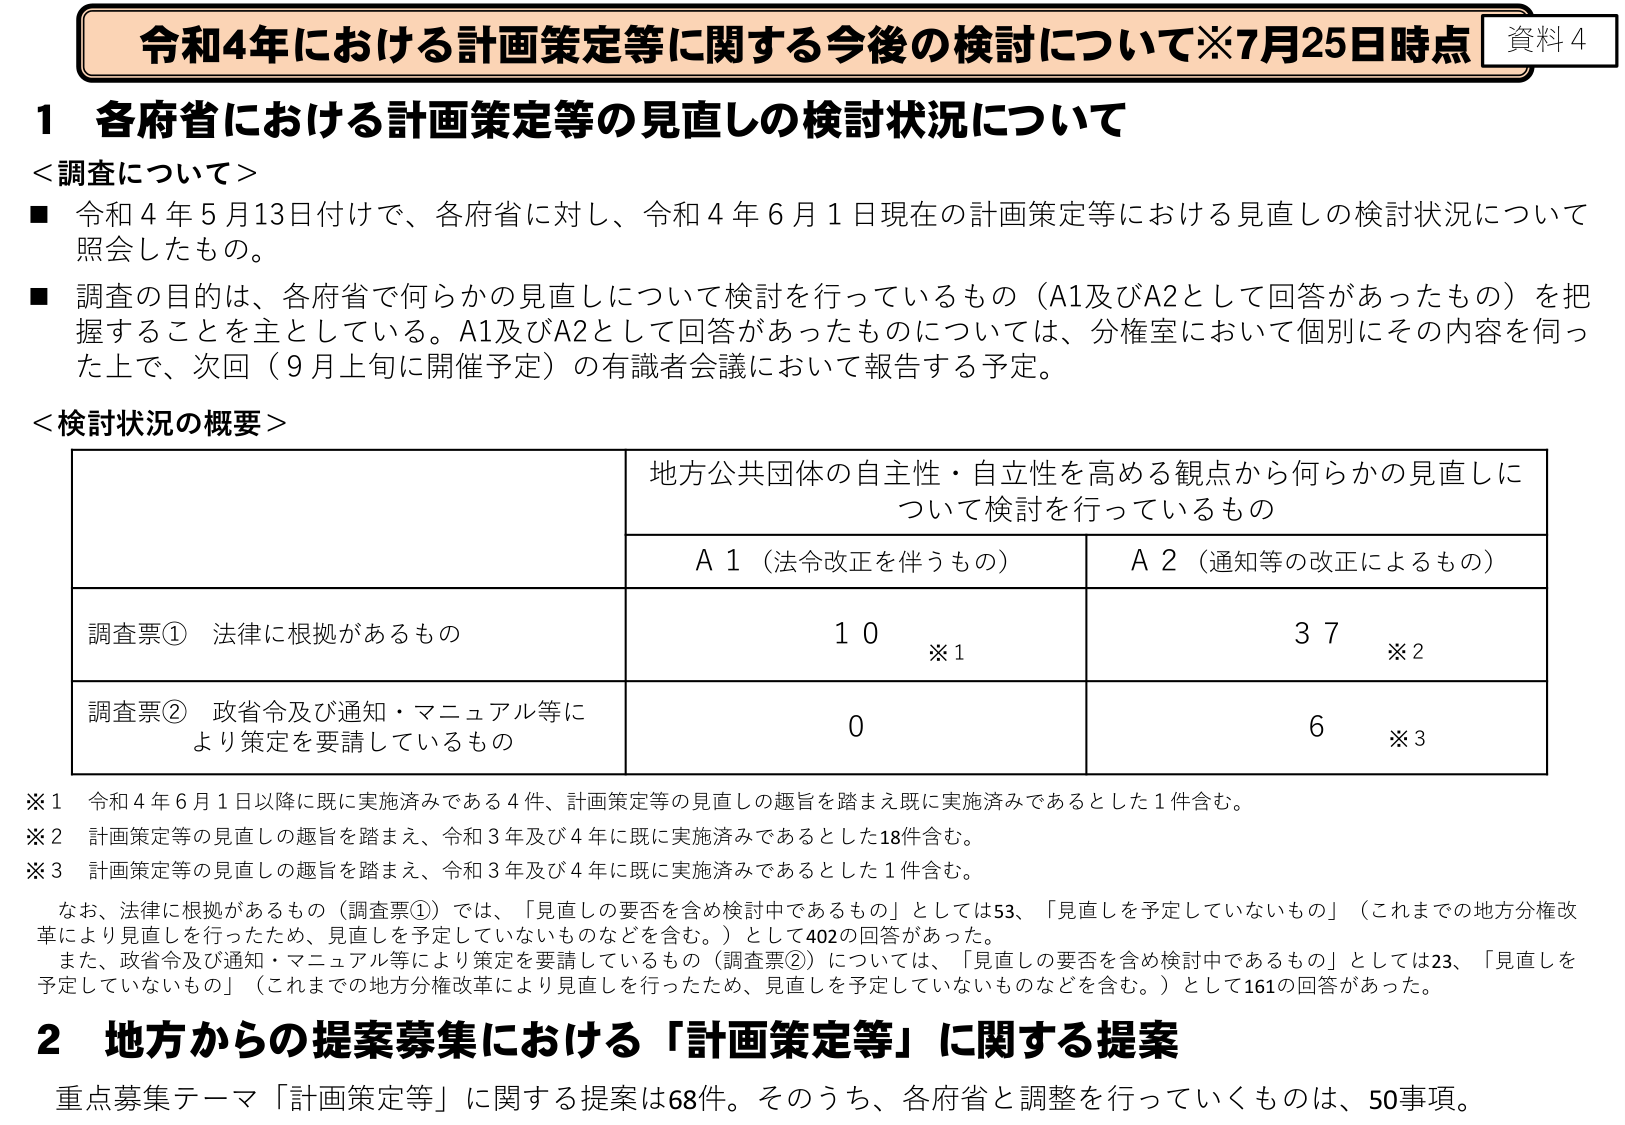
令和4年における計画策定等に関する今後の検討について※7月25日時点 資料4

1 各府省における計画策定等の見直しの検討状況について

＜調査について＞
■ 令和4年5月13日付けで、各府省に対し、令和4年6月1日現在の計画策定等における見直しの検討状況について照会したもの。
■ 調査の目的は、各府省で何らかの見直しについて検討を行っているもの（A1及びA2として回答があったもの）を把握することを主としている。A1及びA2として回答があったものについては、分権室において個別にその内容を伺った上で、次回（9月上旬に開催予定）の有識者会議において報告する予定。

＜検討状況の概要＞
地方公共団体の自主性・自立性を高める観点から何らかの見直しについて検討を行っているもの
A1（法令改正を伴うもの） A2（通知等の改正によるもの）
調査票① 法律に根拠があるもの 10 ※1 37 ※2
調査票② 政省令及び通知・マニュアル等により策定を要請しているもの 0 6 ※3

※1 令和4年6月1日以降に既に実施済みである4件、計画策定等の見直しの趣旨を踏まえ既に実施済みであるとした1件含む。
※2 計画策定等の見直しの趣旨を踏まえ、令和3年及び4年に既に実施済みであるとした18件含む。
※3 計画策定等の見直しの趣旨を踏まえ、令和3年及び4年に既に実施済みであるとした1件含む。

なお、法律に根拠があるもの（調査票①）では、「見直しの要否を含め検討中であるもの」としては53、「見直しを予定していないもの」（これまでの地方分権改革により見直しを行ったため、見直しを予定していないものなどを含む。）として402の回答があった。
また、政省令及び通知・マニュアル等により策定を要請しているもの（調査票②）については、「見直しの要否を含め検討中であるもの」としては23、「見直しを予定していないもの」（これまでの地方分権改革により見直しを行ったため、見直しを予定していないものなどを含む。）として161の回答があった。

2 地方からの提案募集における「計画策定等」に関する提案
重点募集テーマ「計画策定等」に関する提案は68件。そのうち、各府省と調整を行っていくものは、50事項。